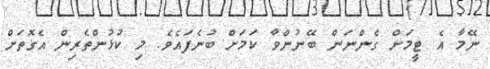
ނޭމާ އެ ޓީމަށް ގެންނަން ބޭނުންވާ ކަމަށް ބުނެފައެވެ. މި ކުޅުންތެރިން އެގޮތަށް